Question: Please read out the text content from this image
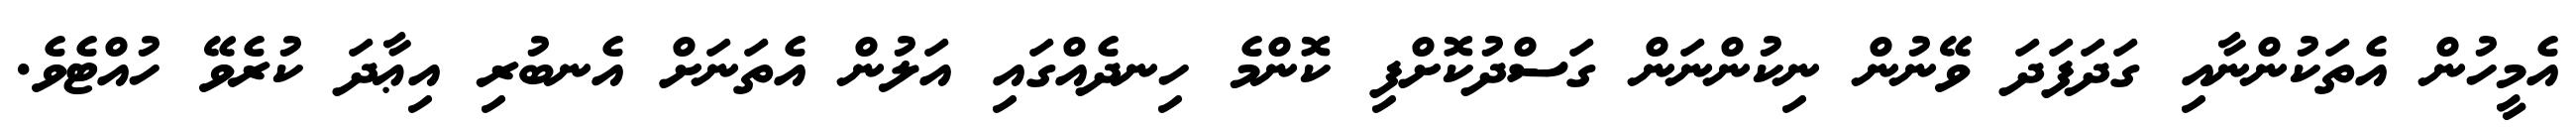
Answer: އެމީހުން އެތަކުންނާއި ގަދަފަދަ ވޭނުން ނިކުންނަން ގަސްދުކޮށްފި ކޮންމެ ހިނދެއްގައި އަލުން އެތަނަށް އެނބުރި އިޢާދަ ކުރެވޭ ހުއްޓެވެ.